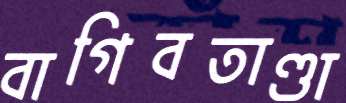
বাগিবতাণ্ডা